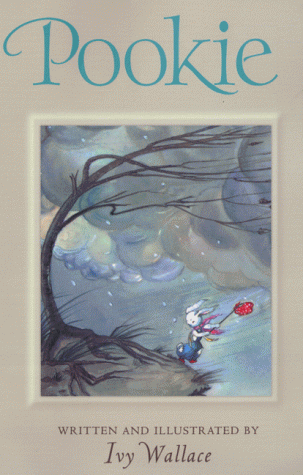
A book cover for Pookie; Ivy Wallace; Children's Books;